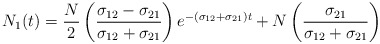
\begin{align*}N_{1}(t)=\frac{N}{2}\left(\frac{\sigma_{12}-\sigma_{21}}{\sigma_{12}+\sigma_{21}}\right) e^{-(\sigma_{12}+\sigma_{21})t} + N\left(\frac{\sigma_{21}}{\sigma_{12}+\sigma_{21}}\right) \end{align*}